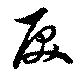
戻